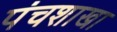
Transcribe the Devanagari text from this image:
पंचशाखा